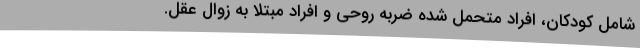
شامل کودکان، افراد متحمل شده ضربه روحی و افراد مبتلا به زوال عقل.